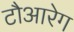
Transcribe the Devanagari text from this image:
टौआरेग